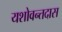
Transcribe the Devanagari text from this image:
यशोवन्तदास